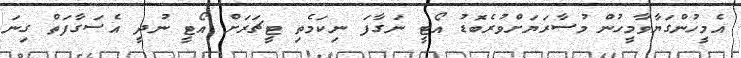
އެމީހުންގަޔާވާމީހުން މުސާރަޔަށްްވުރެބޮޑު އޯޓީ ނަގާފަ ނިކަމެތި ޓީޗަރަށް އޯޓީ ނުދީ އެސަގާފަތް ގިނަ